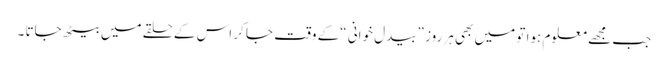
جب مجھے معلوم ہوا تو میں بھی ہر روز ”بیدل خوانی “کے وقت جا کر اس کے حلقے میں بیٹھ جاتا ۔